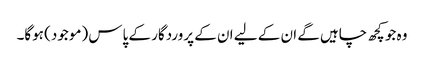
وہ جو کچھ چاہیں گے ان کے لیے ان کے پروردگار کے پاس (موجود) ہوگا۔